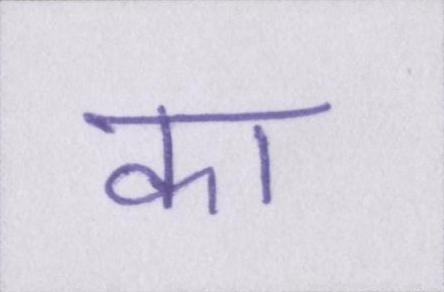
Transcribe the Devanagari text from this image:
का